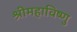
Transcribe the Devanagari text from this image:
श्रीमहाविष्णु